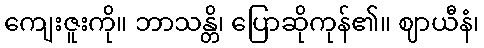
ကျေးဇူးကို။ ဘာသန္တိ၊ ပြောဆိုကုန်၏။ ဈာယီနံ၊